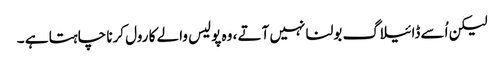
لیکن اُسے ڈائیلاگ بولنا نہیں آتے ، وہ پولیس والے کا رول کرنا چاہتا ہے ۔